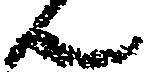
ん